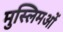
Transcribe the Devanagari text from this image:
मुस्लिमओं